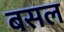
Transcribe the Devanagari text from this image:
बसल